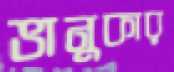
ভানুকার